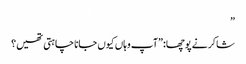
”
شاکر نے پوچھا:”آپ وہاں کیوں جانا چاہتی تھیں؟